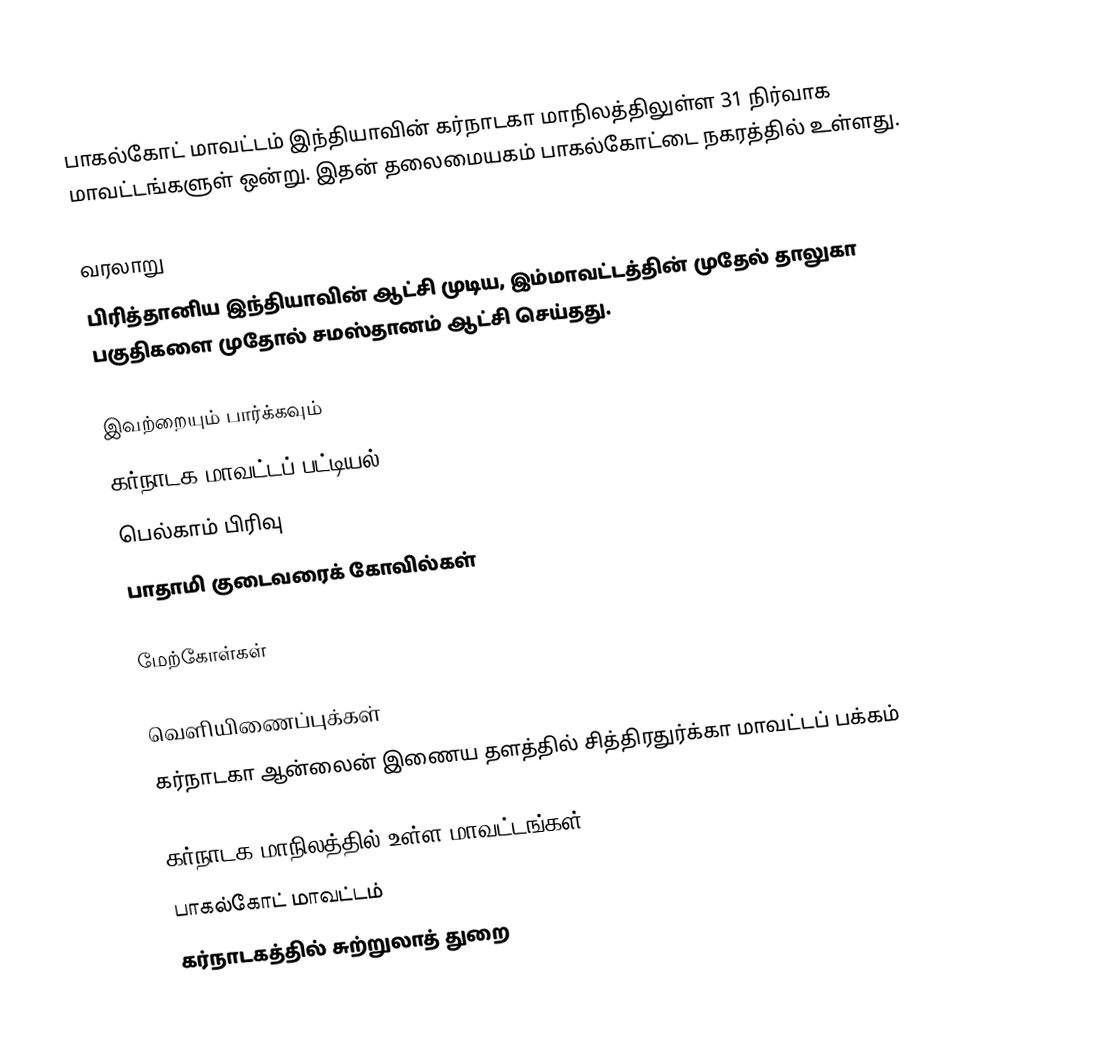
பாகல்கோட் மாவட்டம் இந்தியாவின் கர்நாடகா மாநிலத்திலுள்ள 31 நிர்வாக மாவட்டங்களுள் ஒன்று. இதன் தலைமையகம் பாகல்கோட்டை நகரத்தில் உள்ளது.

வரலாறு
பிரித்தானிய இந்தியாவின் ஆட்சி முடிய, இம்மாவட்டத்தின் முதேல் தாலுகா பகுதிகளை முதோல் சமஸ்தானம் ஆட்சி செய்தது.

இவற்றையும் பார்க்கவும்
 கர்நாடக மாவட்டப் பட்டியல்
 பெல்காம் பிரிவு
 பாதாமி குடைவரைக் கோவில்கள்

மேற்கோள்கள்

வெளியிணைப்புக்கள்
 கர்நாடகா ஆன்லைன் இணைய தளத்தில் சித்திரதுர்க்கா மாவட்டப் பக்கம்

கர்நாடக மாநிலத்தில் உள்ள மாவட்டங்கள்
பாகல்கோட் மாவட்டம்
கர்நாடகத்தில் சுற்றுலாத் துறை